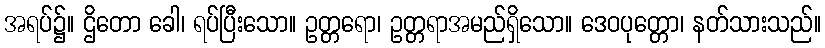
အရပ်၌။ ဌိတော ခေါ၊ ရပ်ပြီးသော။ ဥတ္တရော၊ ဥတ္တရာအမည်ရှိသော။ ဒေဝပုတ္တော၊ နတ်သားသည်။